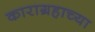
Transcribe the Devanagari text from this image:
काराग्रहाच्या